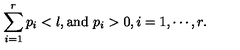
\sum _ { i = 1 } ^ { r } p _ { i } < l , \mathrm { a n d } \ p _ { i } > 0 , i = 1 , \cdots , r .